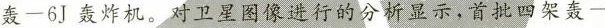
轰一6J轰炸机。对卫星图像进行的分析显示，首批四架轰一